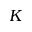
K